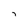
Character: 7